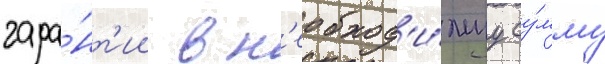
гара́нт'ии в н'еобход'и́муу су́мму